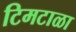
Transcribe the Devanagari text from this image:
टिमटाळा